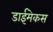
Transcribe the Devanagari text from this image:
डाईमेकस